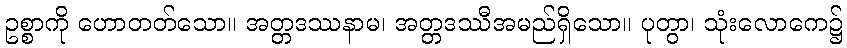
ဥစ္စာကို ဟောတတ်သော။ အတ္တဒဿနာမ၊ အတ္တဒဿီအမည်ရှိသော။ ပုတွာ၊ သုံးလောကေ၌